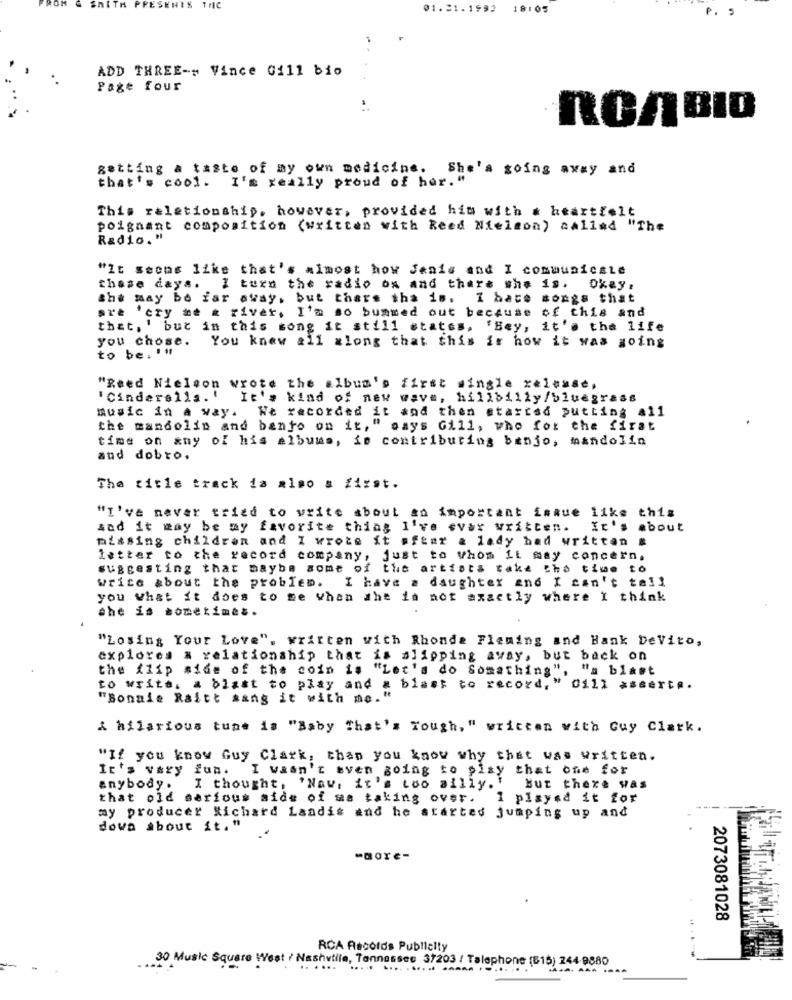
OM
SMITH PRESENTS THE
01.21.1992
18:05
P. S
ADD THREE -- Vince Gill bio
Page four
ROABIO
getting a taste of my own medicine. She's going away and
that's cool. I'm really proud of her."
This relationship, however, provided him with # heartfelt
poignant composition (written with Reed Nielson) aallad "The
Radio. "
"It seems like that's almost how Jenis and I communicate
chase days. I turn the radio ox and there who is.
okay :
the may be far away, but there tha is. I hate songs that
sr'e 'cry he & river, I'm so bummed out because of this and
that, ' but in this song it still states, 'Bey, it's the life
you chose. You knew all along that this is how it was going
to be, ! #
"Reed Nielson wrote the album's first single xelcase,
'Cinderella .!
It's kind of new wave, hillbilly/bluegrass
music in A way. We recorded it and then started putting all
the mandolin and banto on it, " says Gill, who for the first
time on any of his albums, is contributing benjo, mandolin
and dobro.
The title track is also a first.
"I've never tried to write about an important isque like this
sad it may be my favorite thing I've ever written. It's about
missing children and I wrote it ofiar & lady had written
letter to the record company, just to whom it may concern.
suggesting that maybe some of the artists take the time to
write about the problem. I have a daughter and I can't tell
you what it does to me when she is not axactly where I think
she is sometimes.
"Losing Your Love". written with Rhonda Fleming and Bank DeVito,
explores & relationship that is slipping away, but back on
the flip side of the coin is "Let's do Something", "a blast
to write. a blast to play and & blast to record, " 0111 assert ..
"Bonnie Raitt sang it with me."
A hilarious tune is "Baby That's Tough, " written with Guy Clark.
"If you know Guy Clark, than you know why that was written.
It's vary fun. I wasn't even going to play that one for
anybody. I thought, 'Nav, it's too silly.' But there was
that old serious aide of ma taking over. I played it for
my producer Richard Landis and he started jumping up and
dowa about it."
-more-
2073081028
RCA Records Publielty
30 Music Square West
Nashville, Tennessee 37203 / Talephone (515) 244-9880